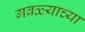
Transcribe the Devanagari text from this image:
गवळ्याच्या